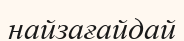
найзағайдай